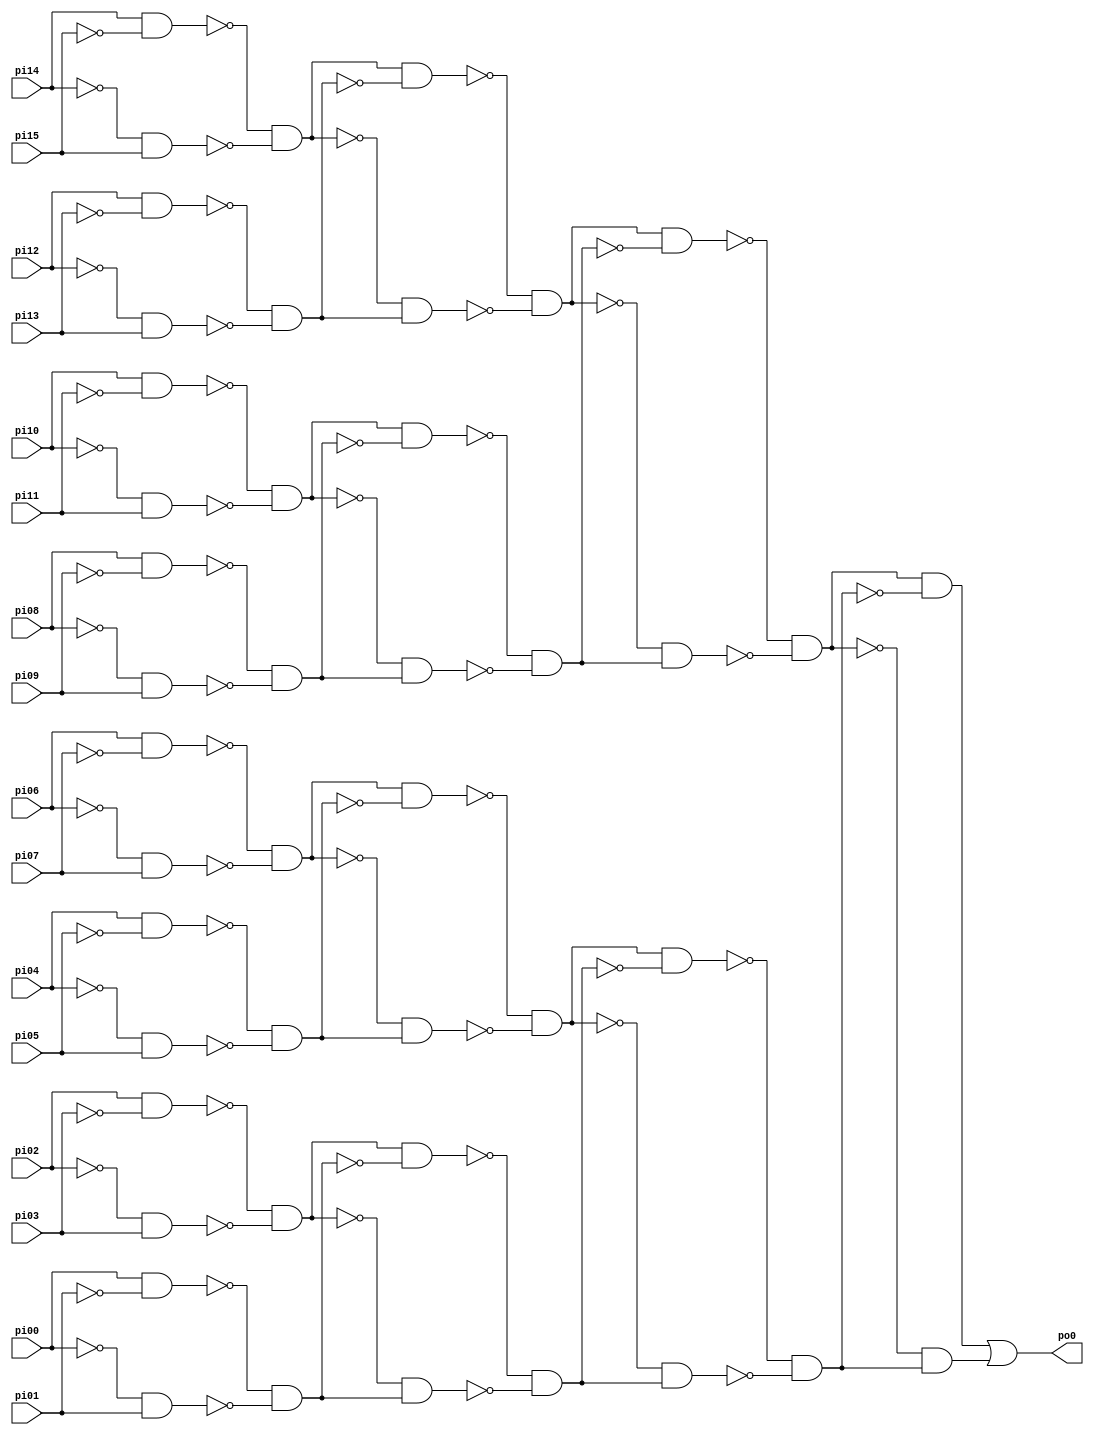
// Benchmark "top" written by ABC on Fri Sep  4 10:02:12 2020

module top (
    pi00, pi01, pi02, pi03, pi04, pi05, pi06, pi07, pi08, pi09, pi10, pi11,
    pi12, pi13, pi14, pi15,
    po0  );
  input  pi00, pi01, pi02, pi03, pi04, pi05, pi06, pi07, pi08, pi09,
    pi10, pi11, pi12, pi13, pi14, pi15;
  output po0;
  wire new_n18_, new_n19_, new_n20_, new_n21_, new_n22_, new_n23_, new_n24_,
    new_n25_, new_n26_, new_n27_, new_n28_, new_n29_, new_n30_, new_n31_,
    new_n32_, new_n33_, new_n34_, new_n35_, new_n36_, new_n37_, new_n38_,
    new_n39_, new_n40_, new_n41_, new_n42_, new_n43_, new_n44_, new_n45_,
    new_n46_, new_n47_, new_n48_, new_n49_, new_n50_, new_n51_, new_n52_,
    new_n53_, new_n54_, new_n55_, new_n56_, new_n57_, new_n58_, new_n59_,
    new_n60_, new_n61_;
  assign new_n18_ = pi14 & ~pi15;
  assign new_n19_ = ~pi14 & pi15;
  assign new_n20_ = ~new_n18_ & ~new_n19_;
  assign new_n21_ = pi12 & ~pi13;
  assign new_n22_ = ~pi12 & pi13;
  assign new_n23_ = ~new_n21_ & ~new_n22_;
  assign new_n24_ = new_n20_ & ~new_n23_;
  assign new_n25_ = ~new_n20_ & new_n23_;
  assign new_n26_ = ~new_n24_ & ~new_n25_;
  assign new_n27_ = pi10 & ~pi11;
  assign new_n28_ = ~pi10 & pi11;
  assign new_n29_ = ~new_n27_ & ~new_n28_;
  assign new_n30_ = pi08 & ~pi09;
  assign new_n31_ = ~pi08 & pi09;
  assign new_n32_ = ~new_n30_ & ~new_n31_;
  assign new_n33_ = new_n29_ & ~new_n32_;
  assign new_n34_ = ~new_n29_ & new_n32_;
  assign new_n35_ = ~new_n33_ & ~new_n34_;
  assign new_n36_ = new_n26_ & ~new_n35_;
  assign new_n37_ = ~new_n26_ & new_n35_;
  assign new_n38_ = ~new_n36_ & ~new_n37_;
  assign new_n39_ = pi06 & ~pi07;
  assign new_n40_ = ~pi06 & pi07;
  assign new_n41_ = ~new_n39_ & ~new_n40_;
  assign new_n42_ = pi04 & ~pi05;
  assign new_n43_ = ~pi04 & pi05;
  assign new_n44_ = ~new_n42_ & ~new_n43_;
  assign new_n45_ = new_n41_ & ~new_n44_;
  assign new_n46_ = ~new_n41_ & new_n44_;
  assign new_n47_ = ~new_n45_ & ~new_n46_;
  assign new_n48_ = pi02 & ~pi03;
  assign new_n49_ = ~pi02 & pi03;
  assign new_n50_ = ~new_n48_ & ~new_n49_;
  assign new_n51_ = pi00 & ~pi01;
  assign new_n52_ = ~pi00 & pi01;
  assign new_n53_ = ~new_n51_ & ~new_n52_;
  assign new_n54_ = new_n50_ & ~new_n53_;
  assign new_n55_ = ~new_n50_ & new_n53_;
  assign new_n56_ = ~new_n54_ & ~new_n55_;
  assign new_n57_ = new_n47_ & ~new_n56_;
  assign new_n58_ = ~new_n47_ & new_n56_;
  assign new_n59_ = ~new_n57_ & ~new_n58_;
  assign new_n60_ = new_n38_ & ~new_n59_;
  assign new_n61_ = ~new_n38_ & new_n59_;
  assign po0 = new_n60_ | new_n61_;
endmodule